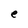
Character: e